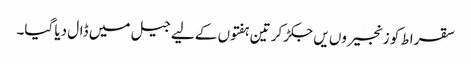
سقراط کو زنجیروں یں جکڑ کر تین ہفتوں کے لیے جیل میں ڈال دیا گیا۔